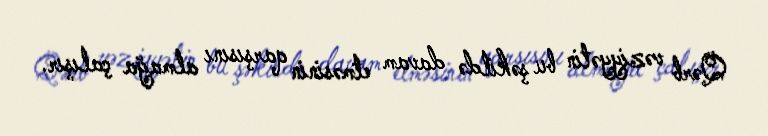
Qərb vəziyyətin bu şəkildə davam etməsinin qarşısını almağa çalışır.